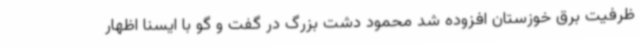
ظرفیت برق خوزستان افزوده شد محمود دشت بزرگ در گفت و گو با ایسنا اظهار